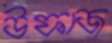
উফাজ